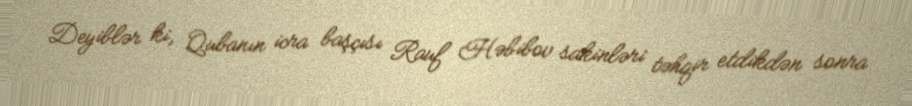
Deyiblər ki, Qubanın icra başçısı Rauf Həbibov sakinləri təhqir etdikdən sonra